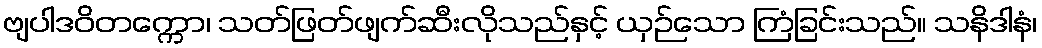
ဗျပါဒဝိတက္ကော၊ သတ်ဖြတ်ဖျက်ဆီးလိုသည်နှင့် ယှဉ်သော ကြံခြင်းသည်။ သနိဒါနံ၊